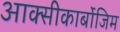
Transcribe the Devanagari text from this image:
आक्‍सीकार्बोजिम